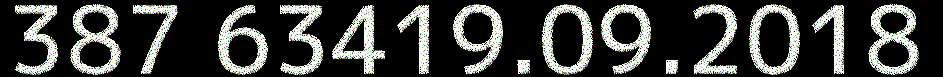
387 63419.09.2018